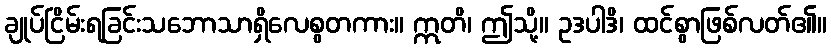
ချုပ်ငြိမ်းရခြင်းသဘောသာရှိလေစွတကား။ ဣတိ၊ ဤသို့။ ဥဒပါဒိ၊ ထင်စွာဖြစ်လတ်၏။